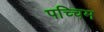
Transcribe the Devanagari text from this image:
पच्चिम